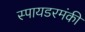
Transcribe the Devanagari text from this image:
स्पायडरमंकी